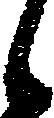
候